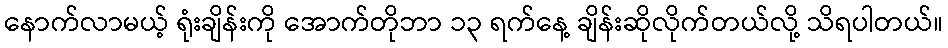
နောက်လာမယ့် ရုံးချိန်းကို အောက်တိုဘာ ၁၃ ရက်နေ့ ချိန်းဆိုလိုက်တယ်လို့ သိရပါတယ်။